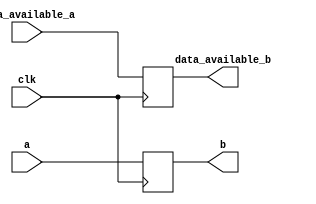
module delay_block (
input[31:0] a,
input clk,
input data_available_a,
output reg data_available_b,
output reg [31:0] b

);

always @(posedge clk) begin
	b<=a;
	data_available_b<=data_available_a;
end

endmodule